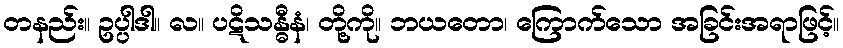
တနည်း။ ဥပ္ပါဒါ။ လ။ ပဋိသန္ဓီနံ၊ တို့ကို။ ဘယတော၊ ကြောက်သော အခြင်းအရာဖြင့်။